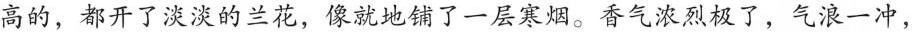
高的，都开了淡淡的兰花，像就地铺了16-层寒烟。香气浓烈极了，气浪一冲，